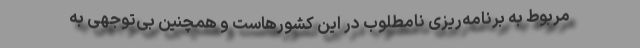
مربوط به برنامه‌ریزی نامطلوب در این کشورهاست و همچنین بی‌توجهی به